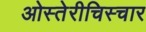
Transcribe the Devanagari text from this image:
ओस्तेरीचिस्चार